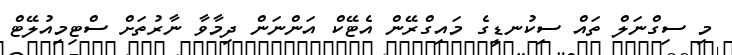
މި ސިގްނަލް ތައް ސިކުނޑީގެ މައިގްރޭން އެޓޭކް އަންނަން ދިމާވާ ނާރުތަށް ސްޓިމިއުލޭޓް